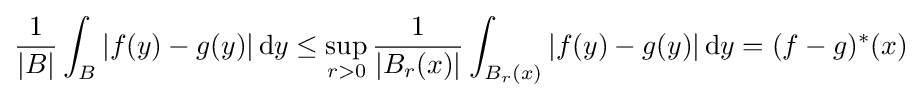
{\frac {1}{|B|}}\int _{B}|f(y)-g(y)|\,\mathrm {d} y\leq \sup _{r>0}{\frac {1}{|B_{r}(x)|}}\int _{B_{r}(x)}|f(y)-g(y)|\,\mathrm {d} y=(f-g)^{*}(x)